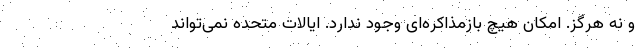
و نه هرگز. امکان هیچ بازمذاکره‌ای وجود ندارد. ایالات متحده نمی‌تواند